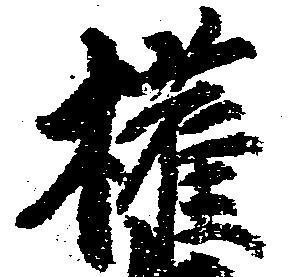
権